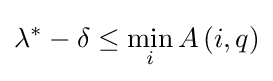
\lambda ^{*}-\delta \leq \min _{i}A\left(i,q\right)